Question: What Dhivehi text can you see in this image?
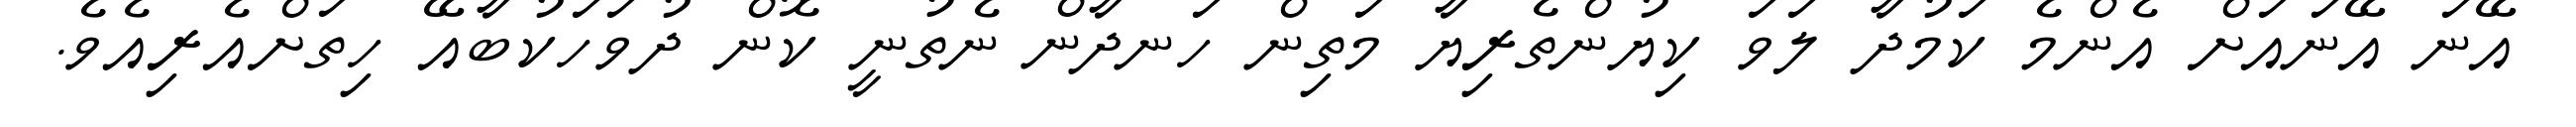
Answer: އޭނަ އޭނައަށް އެންމެ ކަމުދާ ލަވަ ކިޔުންތެރިޔާ މަތިން ހަނދާން ނެތުނީ ކޮން ދުވަހަކުބާއޭ ހިތަށްއެރިއެވެ.